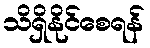
သိရှိနိုင်စေရန်